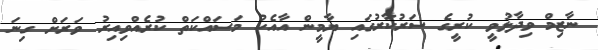
ނާޒިމް ވިދާޅުވީ ކުރީގެ ސަރުކާރުގައި ޔާމީން އާއެކު މަސައްކަތް ކުރެއްވިއިރު ވަރަށް ގިނަ